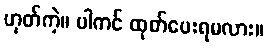
ဟုတ်ကဲ့။ ပါကင် ထုတ်ပေးရမလား။